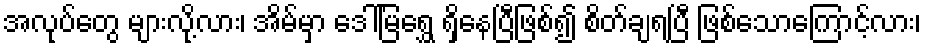
အလုပ်တွေ များလို့လား၊ အိမ်မှာ ဒေါ်မြရွှေ ရှိနေပြီဖြစ်၍ စိတ်ချရပြီ ဖြစ်သောကြောင့်လား၊